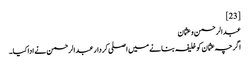
[23]
عبدالرحمن و عثمان
اگرچہ عثمان کو خلیفہ بنانے میں اصلی کردار عبدالرحمن نے ادا کیا۔